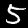
Label: 5